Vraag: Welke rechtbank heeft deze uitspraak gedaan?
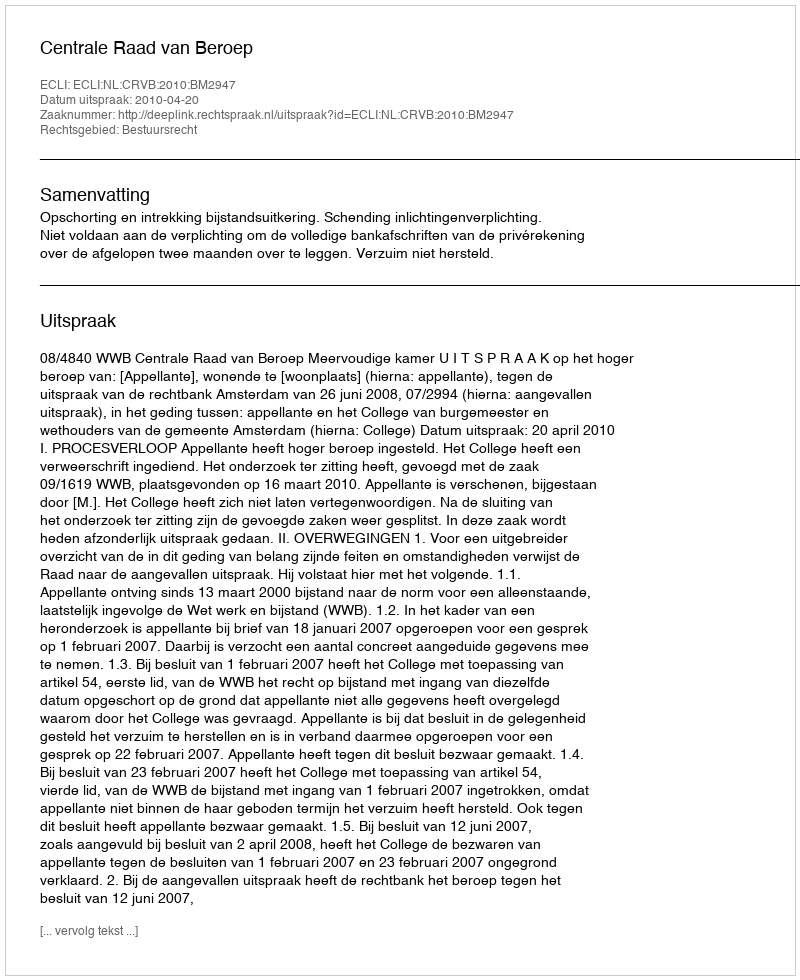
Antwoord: Centrale Raad van Beroep